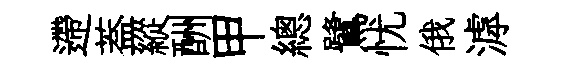
遰葢縱酬甲總鷺忧俄滹